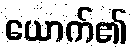
ယောက်၏